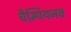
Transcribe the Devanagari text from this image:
चैम्पियनव